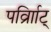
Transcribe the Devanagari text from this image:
पर्व्राािट्